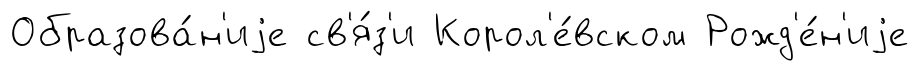
Образова́н'иjе св'я́з'и Корол'е́вском Рожд'е́н'иjе